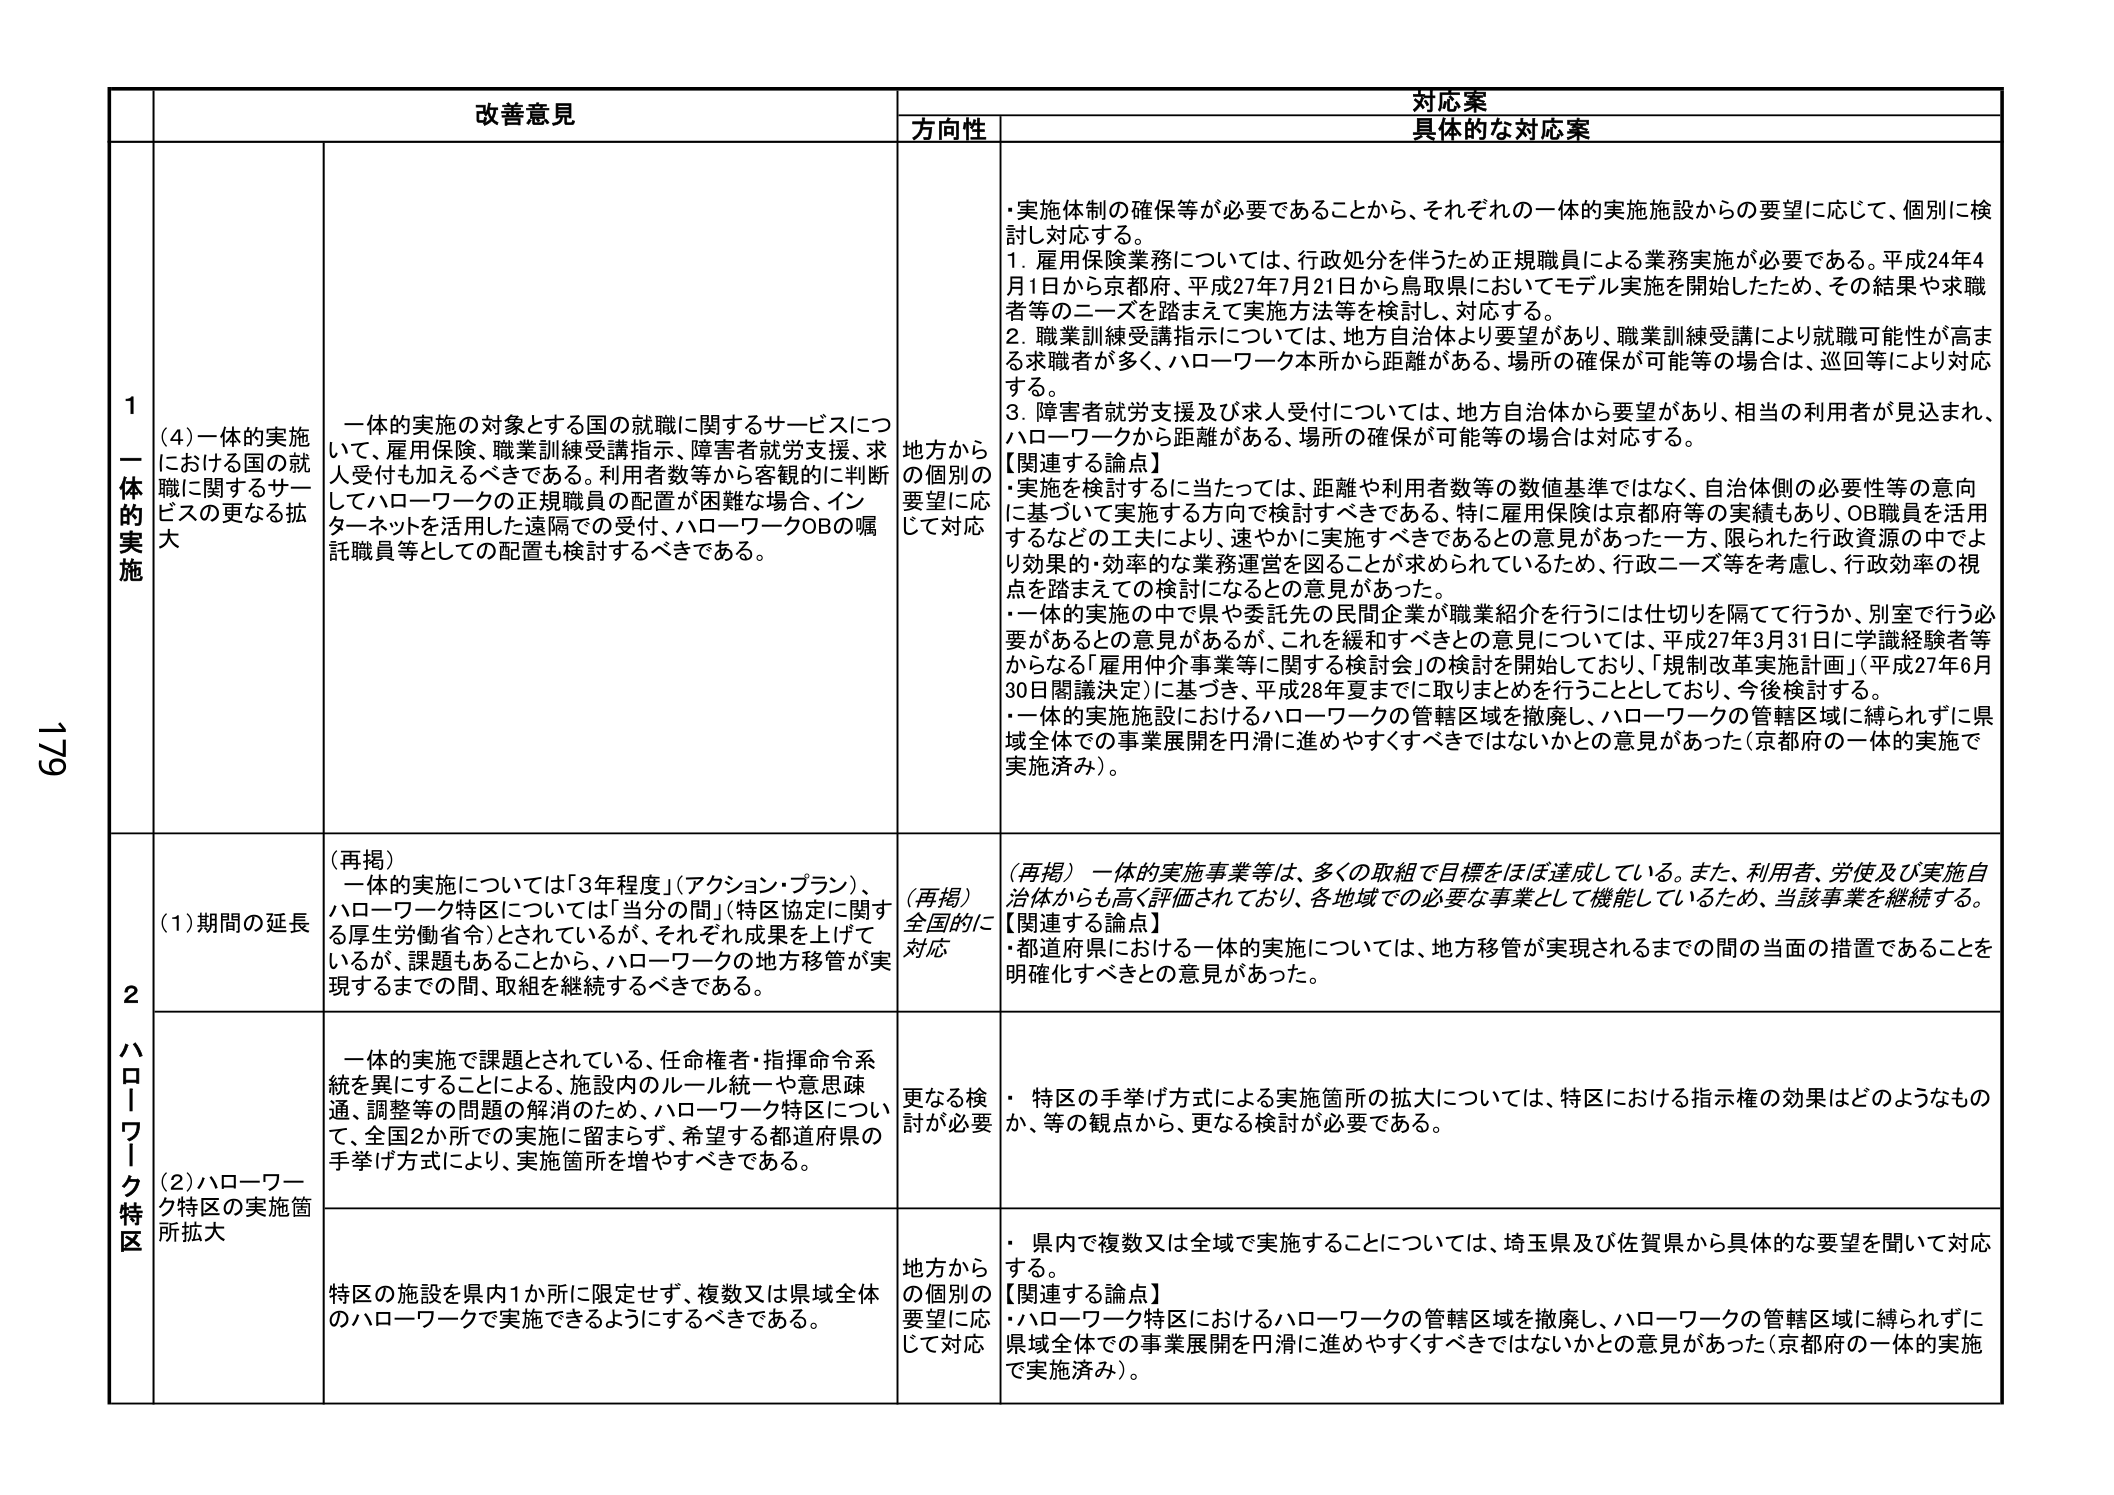
179

改善意見
対応案
方向性
具体的な対応案

1
一体的実施
(4) 一体的実施における国の就職に関するサービスの更なる拡大
一体的実施の対象とする国の就職に関するサービスについて、雇用保険、職業訓練受講指示、障害者就労支援、求人受付も加えるべきである。利用者数等から客観的に判断してハローワークの正規職員の配置が困難な場合、インターネットを活用した遠隔での受付、ハローワークOBの嘱託職員等としての配置も検討するべきである。
地方からの個別の要望に応じて対応
・実施体制の確保等が必要であることから、それぞれの一体的実施施設からの要望に応じて、個別に検討し対応する。
1. 雇用保険業務については、行政処分を伴うため正規職員による業務実施が必要である。平成24年4月1日から京都府、平成27年7月21日から鳥取県においてモデル実施を開始したため、その結果や求職者等のニーズを踏まえて実施方法等を検討し、対応する。
2. 職業訓練受講指示については、地方自治体より要望があり、職業訓練受講により就職可能性が高まる求職者が多く、ハローワーク本所から距離がある、場所の確保が可能等の場合は、巡回等により対応する。
3. 障害者就労支援及び求人受付については、地方自治体から要望があり、相当の利用者が見込まれ、ハローワークから距離がある、場所の確保が可能等の場合は対応する。
【関連する論点】
・実施を検討するに当たっては、距離や利用者数等の数値基準ではなく、自治体側の必要性等の意向に基づいて実施する方向で検討すべきである。特に雇用保険は京都府等の実績もあり、OB職員を活用するなどの工夫により、速やかに実施すべきであるとの意見があった一方、限られた行政資源の中でより効果的・効率的な業務運営を図ることが求められているため、行政ニーズ等を考慮し、行政効率の視点を踏まえての検討になるとの意見があった。
・一体的実施の中で県や委託先の民間企業が職業紹介を行うには仕切りを隔てて行うか、別室で行う必要があるとの意見があるが、これを緩和すべきとの意見については、平成27年3月31日に学識経験者等からなる「雇用仲介事業等に関する検討会」の検討を開始しており、「規制改革実施計画」（平成27年6月30日閣議決定）に基づき、平成28年夏までに取りまとめを行うこととしており、今後検討する。
・一体的実施施設におけるハローワークの管轄区域を撤廃し、ハローワークの管轄区域に縛られずに県域全体での事業展開を円滑に進めやすくすべきではないかとの意見があった（京都府の一体的実施で実施済み）。

2
ハローワーク特区
(1) 期間の延長
(再掲) 一体的実施については「3年程度」（アクション・プラン）、ハローワーク特区については「当分の間」（特区協定に関する厚生労働省令）とされているが、それぞれ成果を上げているが、課題もあることから、ハローワークの地方移管が実現するまでの間、取組を継続するべきである。
(再掲) 全国的に対応
(再掲) 一体的実施事業等は、多くの取組で目標をほぼ達成している。また、利用者、労使及び実施自治体からも高く評価されており、各地域での必要な事業として機能しているため、当該事業を継続する。
【関連する論点】
・都道府県における一体的実施については、地方移管が実現されるまでの間の当面の措置であることを明確化すべきとの意見があった。

(2) ハローワーク特区の実施箇所拡大
一体的実施で課題とされている、任命権者・指揮命令系統を異にすることによる、施設内のルール統一や意思疎通、調整等の問題の解消のため、ハローワーク特区について、全国2か所での実施に留まらず、希望する都道府県の手挙げ方式により、実施箇所を増やすべきである。
更なる検討が必要
・ 特区の手挙げ方式による実施箇所の拡大については、特区における指示権の効果はどのようなものか、等の観点から、更なる検討が必要である。

特区の施設を県内1か所に限定せず、複数又は県域全体のハローワークで実施できるようにするべきである。
地方からの個別の要望に応じて対応
・ 県内で複数又は全域で実施することについては、埼玉県及び佐賀県から具体的な要望を聞いて対応する。
【関連する論点】
・ハローワーク特区におけるハローワークの管轄区域を撤廃し、ハローワークの管轄区域に縛られずに県域全体での事業展開を円滑に進めやすくすべきではないかとの意見があった（京都府の一体的実施で実施済み）。